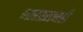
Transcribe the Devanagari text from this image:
भारतरत्नही